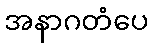
အနာဂတံပေ